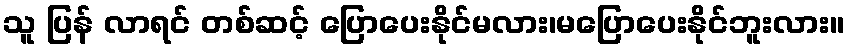
သူ ပြန် လာရင် တစ်ဆင့် ပြောပေးနိုင်မလား၊မပြောပေးနိုင်ဘူးလား။